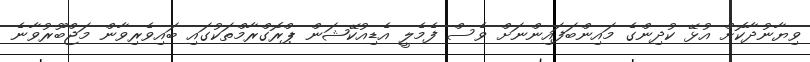
ވިޔާނުދާކޮށް އުޅޭ ކުދިންގެ މައިންބަފައިންނަށް ވެސް ފެމެލީ އެޑިއުކޭޝަން ޕްރޮގްރާމްތަކުގައި ބައިވެރިވާން މަޖްބޫރުވާނެ